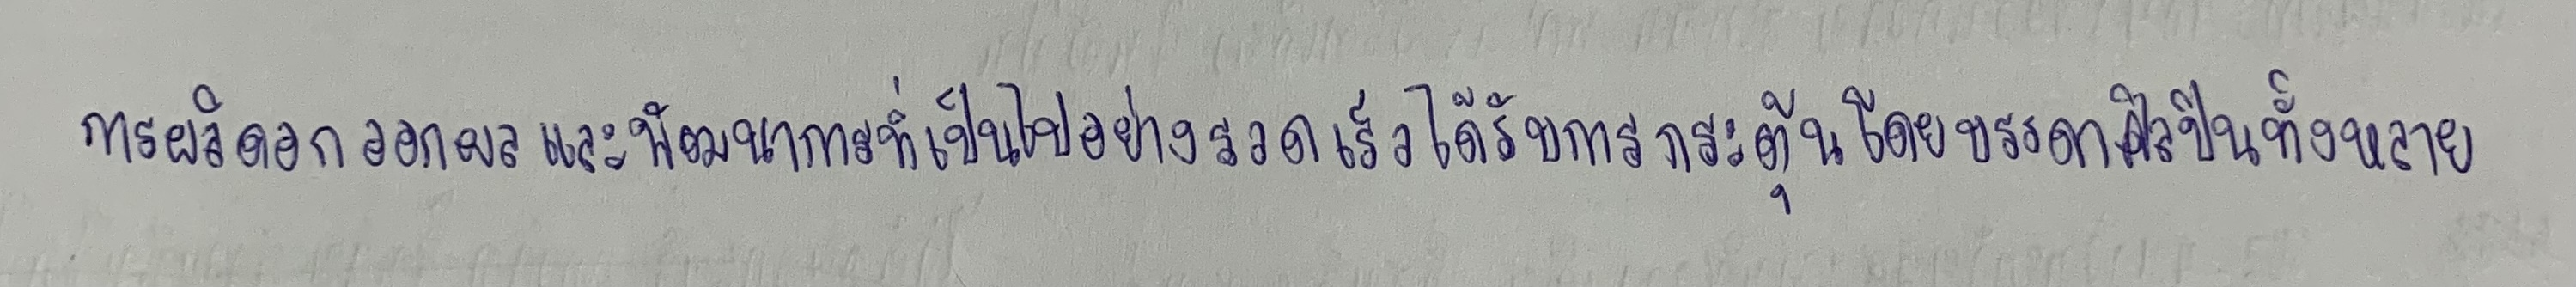
การผลิดอกออกผลและพัฒนาการที่เป็นไปอย่างรวดเร็วได้รับการกระตุ้นโดยบรรดาศิลปินทั้งหลาย